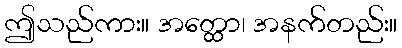
ဤသည်ကား။ အတ္ထော၊ အနက်တည်း။